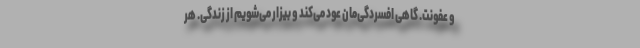
و عفونت. گاهی افسردگی‌مان عود می‌کند و بیزار می‌شویم از زندگی. هر